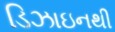
ડિઝાઇનથી